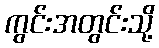
ကွင်းအတွင်းသို့